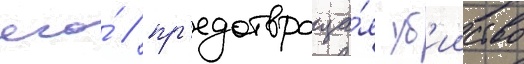
его́ / пр'едотвраща́я уб'ииство